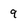
Character: 9